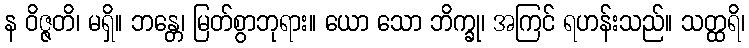
န ဝိဇ္ဇတိ၊ မရှိ။ ဘန္တေ၊ မြတ်စွာဘုရား။ ယော သော ဘိက္ခု၊ အကြင် ရဟန်းသည်။ သတ္ထရိ၊